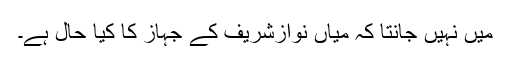
میں نہیں جانتا کہ میاں نوازشریف کے جہاز کا کیا حال ہے۔